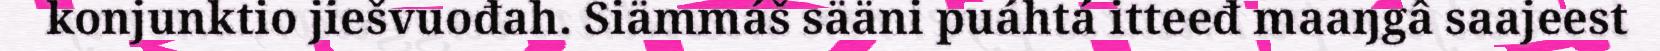
konjunktio jiešvuođah. Siämmáš sääni puáhtá itteeđ maaŋgâ saajeest